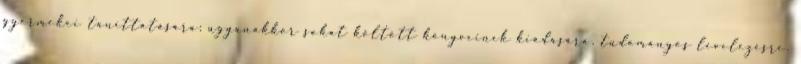
gyermekei taníttatására; ugyanakkor sokat költött könyveinek kiadására, tudományos levelezésre,